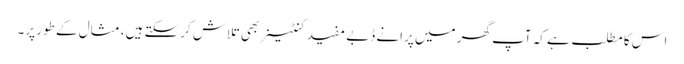
اس کا مطلب ہے کہ آپ گھر میں پرانے ڈبے مفید کنٹینر بھی تلاش کرسکتے ہیں ، مثال کے طور پر۔